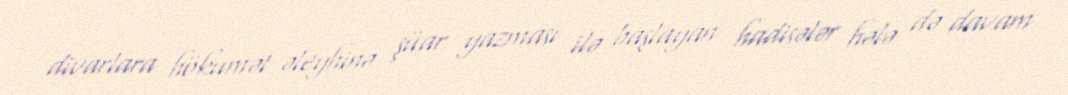
divarlara hökumət əleyhinə şüar yazması ilə başlayan hadisələr hələ də davam